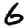
Digit: 6